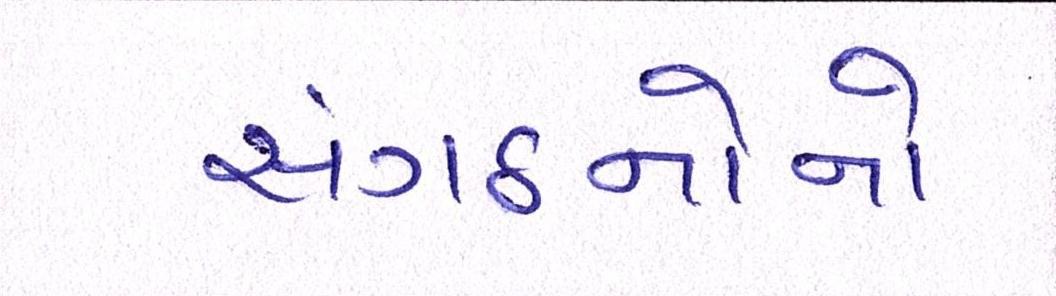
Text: સંગઠનોનો